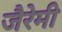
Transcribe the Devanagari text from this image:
जैरेमी